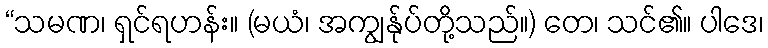
“သမဏ၊ ရှင်ရဟန်း။ (မယံ၊ အကျွန်ုပ်တို့သည်။) တေ၊ သင်၏။ ပါဒေ၊